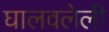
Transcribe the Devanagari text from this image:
घालवलेली